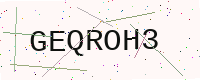
Text: GEQROH3